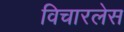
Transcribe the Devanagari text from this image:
विचारलेस